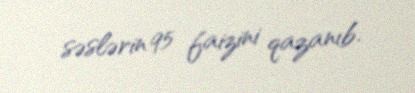
səslərin 95 faizini qazanıb.